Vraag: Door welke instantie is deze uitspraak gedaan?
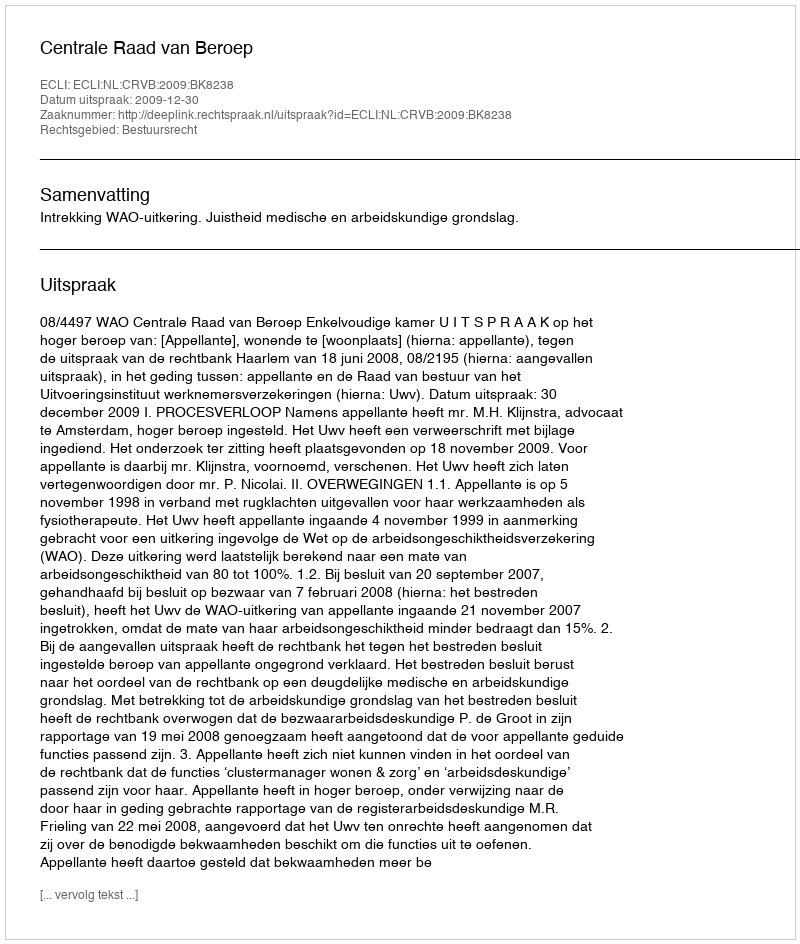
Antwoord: Centrale Raad van Beroep